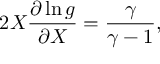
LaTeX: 2 X \frac { \partial \ln g } { \partial X } = \frac { \gamma } { \gamma - 1 } ,